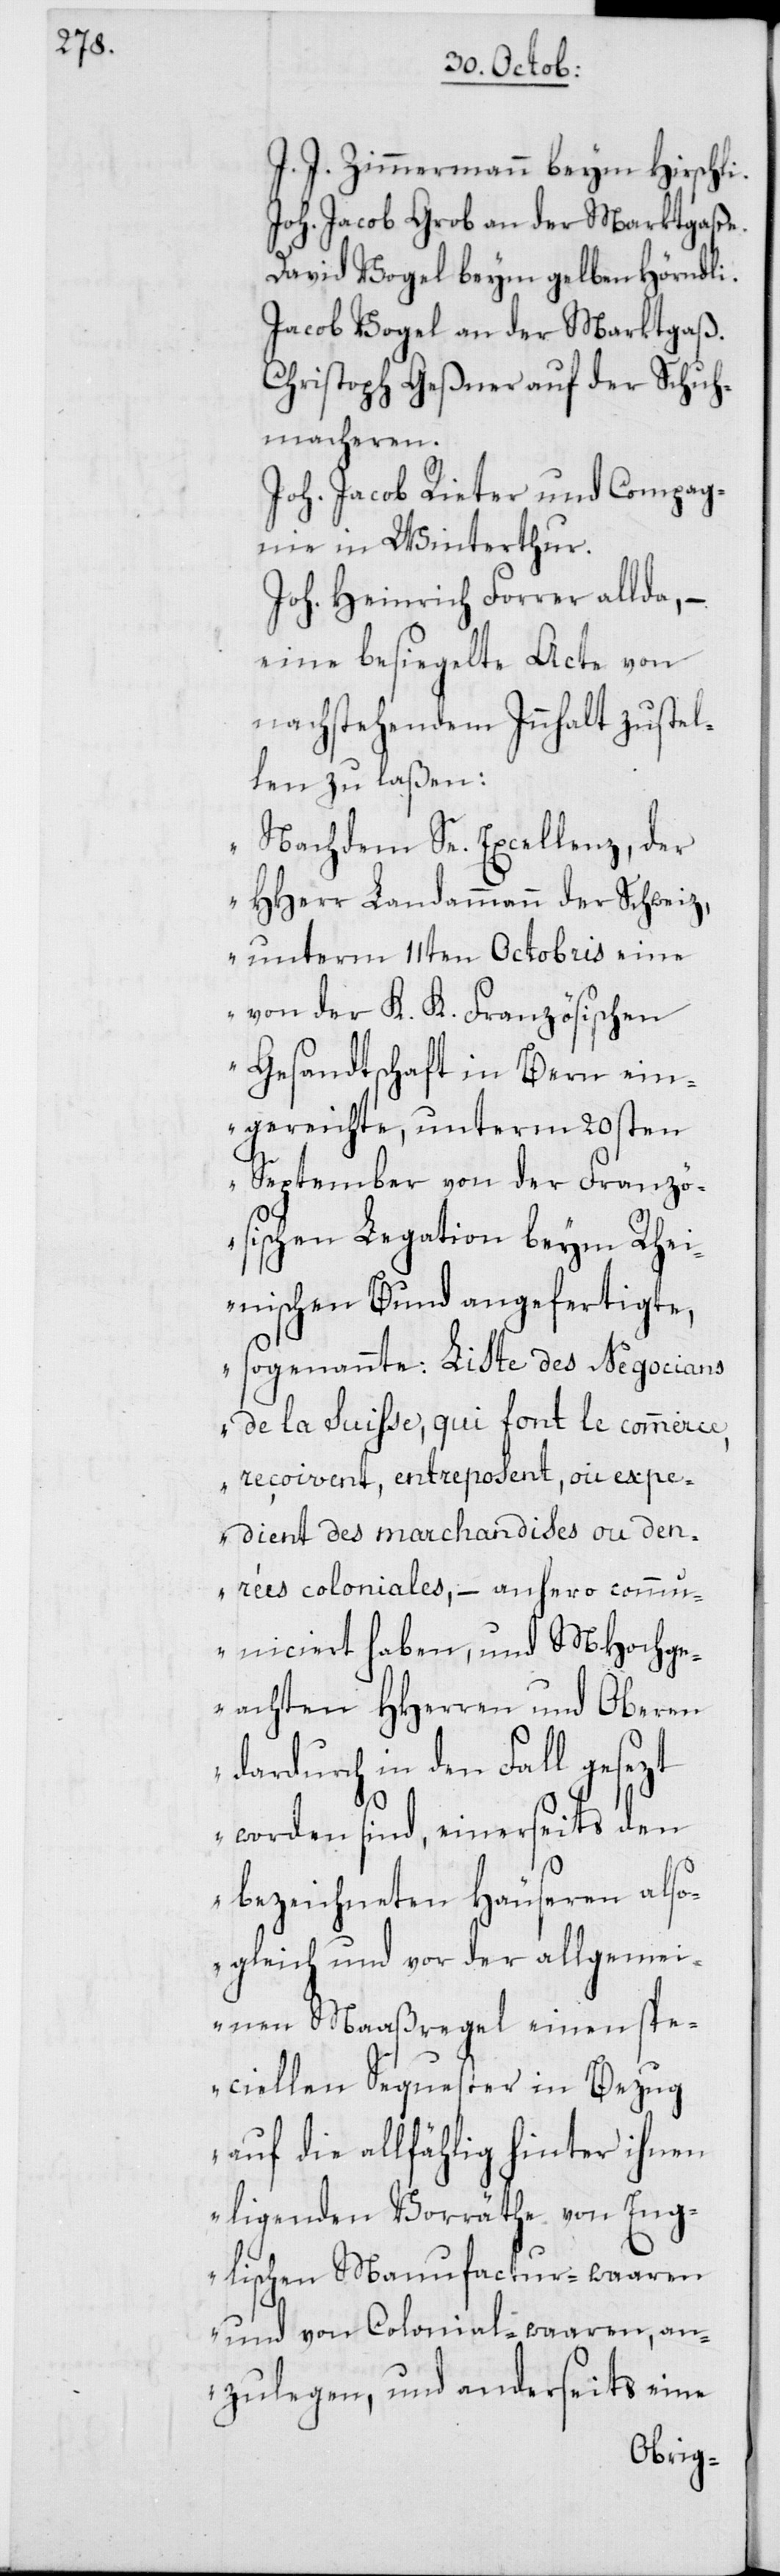
J. J. Zimmermann beym Hirschli.
Joh. Jacob Grob an der Marktgaße.
David Vogel beym Gelben Hörndli.
Jacob Vogel an der Marktgaß.
Christoph Geßner auf der Schuh¬
macheren.
Joh. Jacob Rieter und Compag¬
nie in Winterthur.
Joh. Heinrich Forrer allda, –
eine besiegelte Acte von
nachstehendem Innhalt zustel¬
len zu laßen:
„Nachdem Se. Excellenz, der
HHerr Landammann der Schweiz,
unterm 11ten Octobris eine
von der K. K. Französischen
Gesandtschaft in Bern ein¬
gereichte, unterm 20sten
September von der Franzö¬
sischen Legation beym Rhei¬
nischen Bund angefertigte,
sogenannte: Liste des Negocians
de la Suisse, qui font le commerce,
reçoivent, entreposent, ou expe¬
dient des marchandises ou den¬
rées coloniales – anhero comm¬
uniciert haben, und MHochge¬
achten HHerren und Oberen
dardurch in den Fall gesezt
worden sind, einerseits den
bezeichneten Häuseren also¬
gleich und vor der allgemei¬
nen Maaßregel einen spe¬
ciellen Sequester in Bezug
auf die allfählig hinter ihnen
ligenden Vorräthe von Eng¬
lischen Manufacturwaaren
und von Colonialwaaren, an¬
zulegen, und anderseits eine